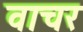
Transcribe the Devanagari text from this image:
वाचर